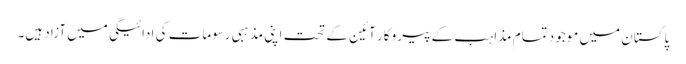
پاکستان میں موجود تمام مذاہب کے پیرو کار آئین کے تحت اپنی مذہبی رسومات کی ادائیگی میں آزاد ہیں۔